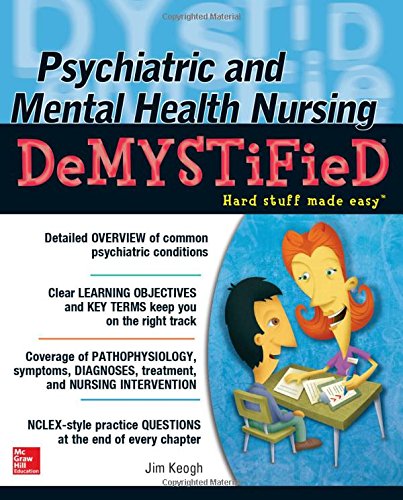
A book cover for Psychiatric and Mental Health Nursing Demystified; Jim Keogh; Medical Books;